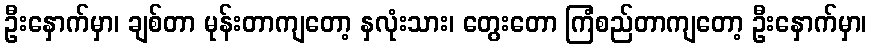
ဦးနှောက်မှာ၊ ချစ်တာ မုန်းတာကျတော့ နှလုံးသား၊ တွေးတော ကြံစည်တာကျတော့ ဦးနှောက်မှာ၊